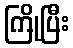
ကြိုပြီး